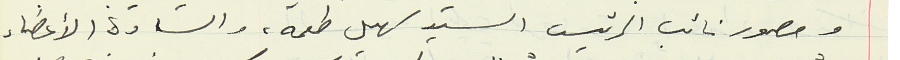
وحصور نائب الرئيس السيد سهيل طعمه، والسادة الأعضاء